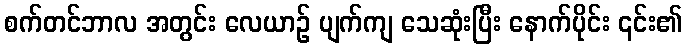
စက်တင်ဘာလ အတွင်း လေယာဉ် ပျက်ကျ သေဆုံးပြီး နောက်ပိုင်း ၎င်း၏